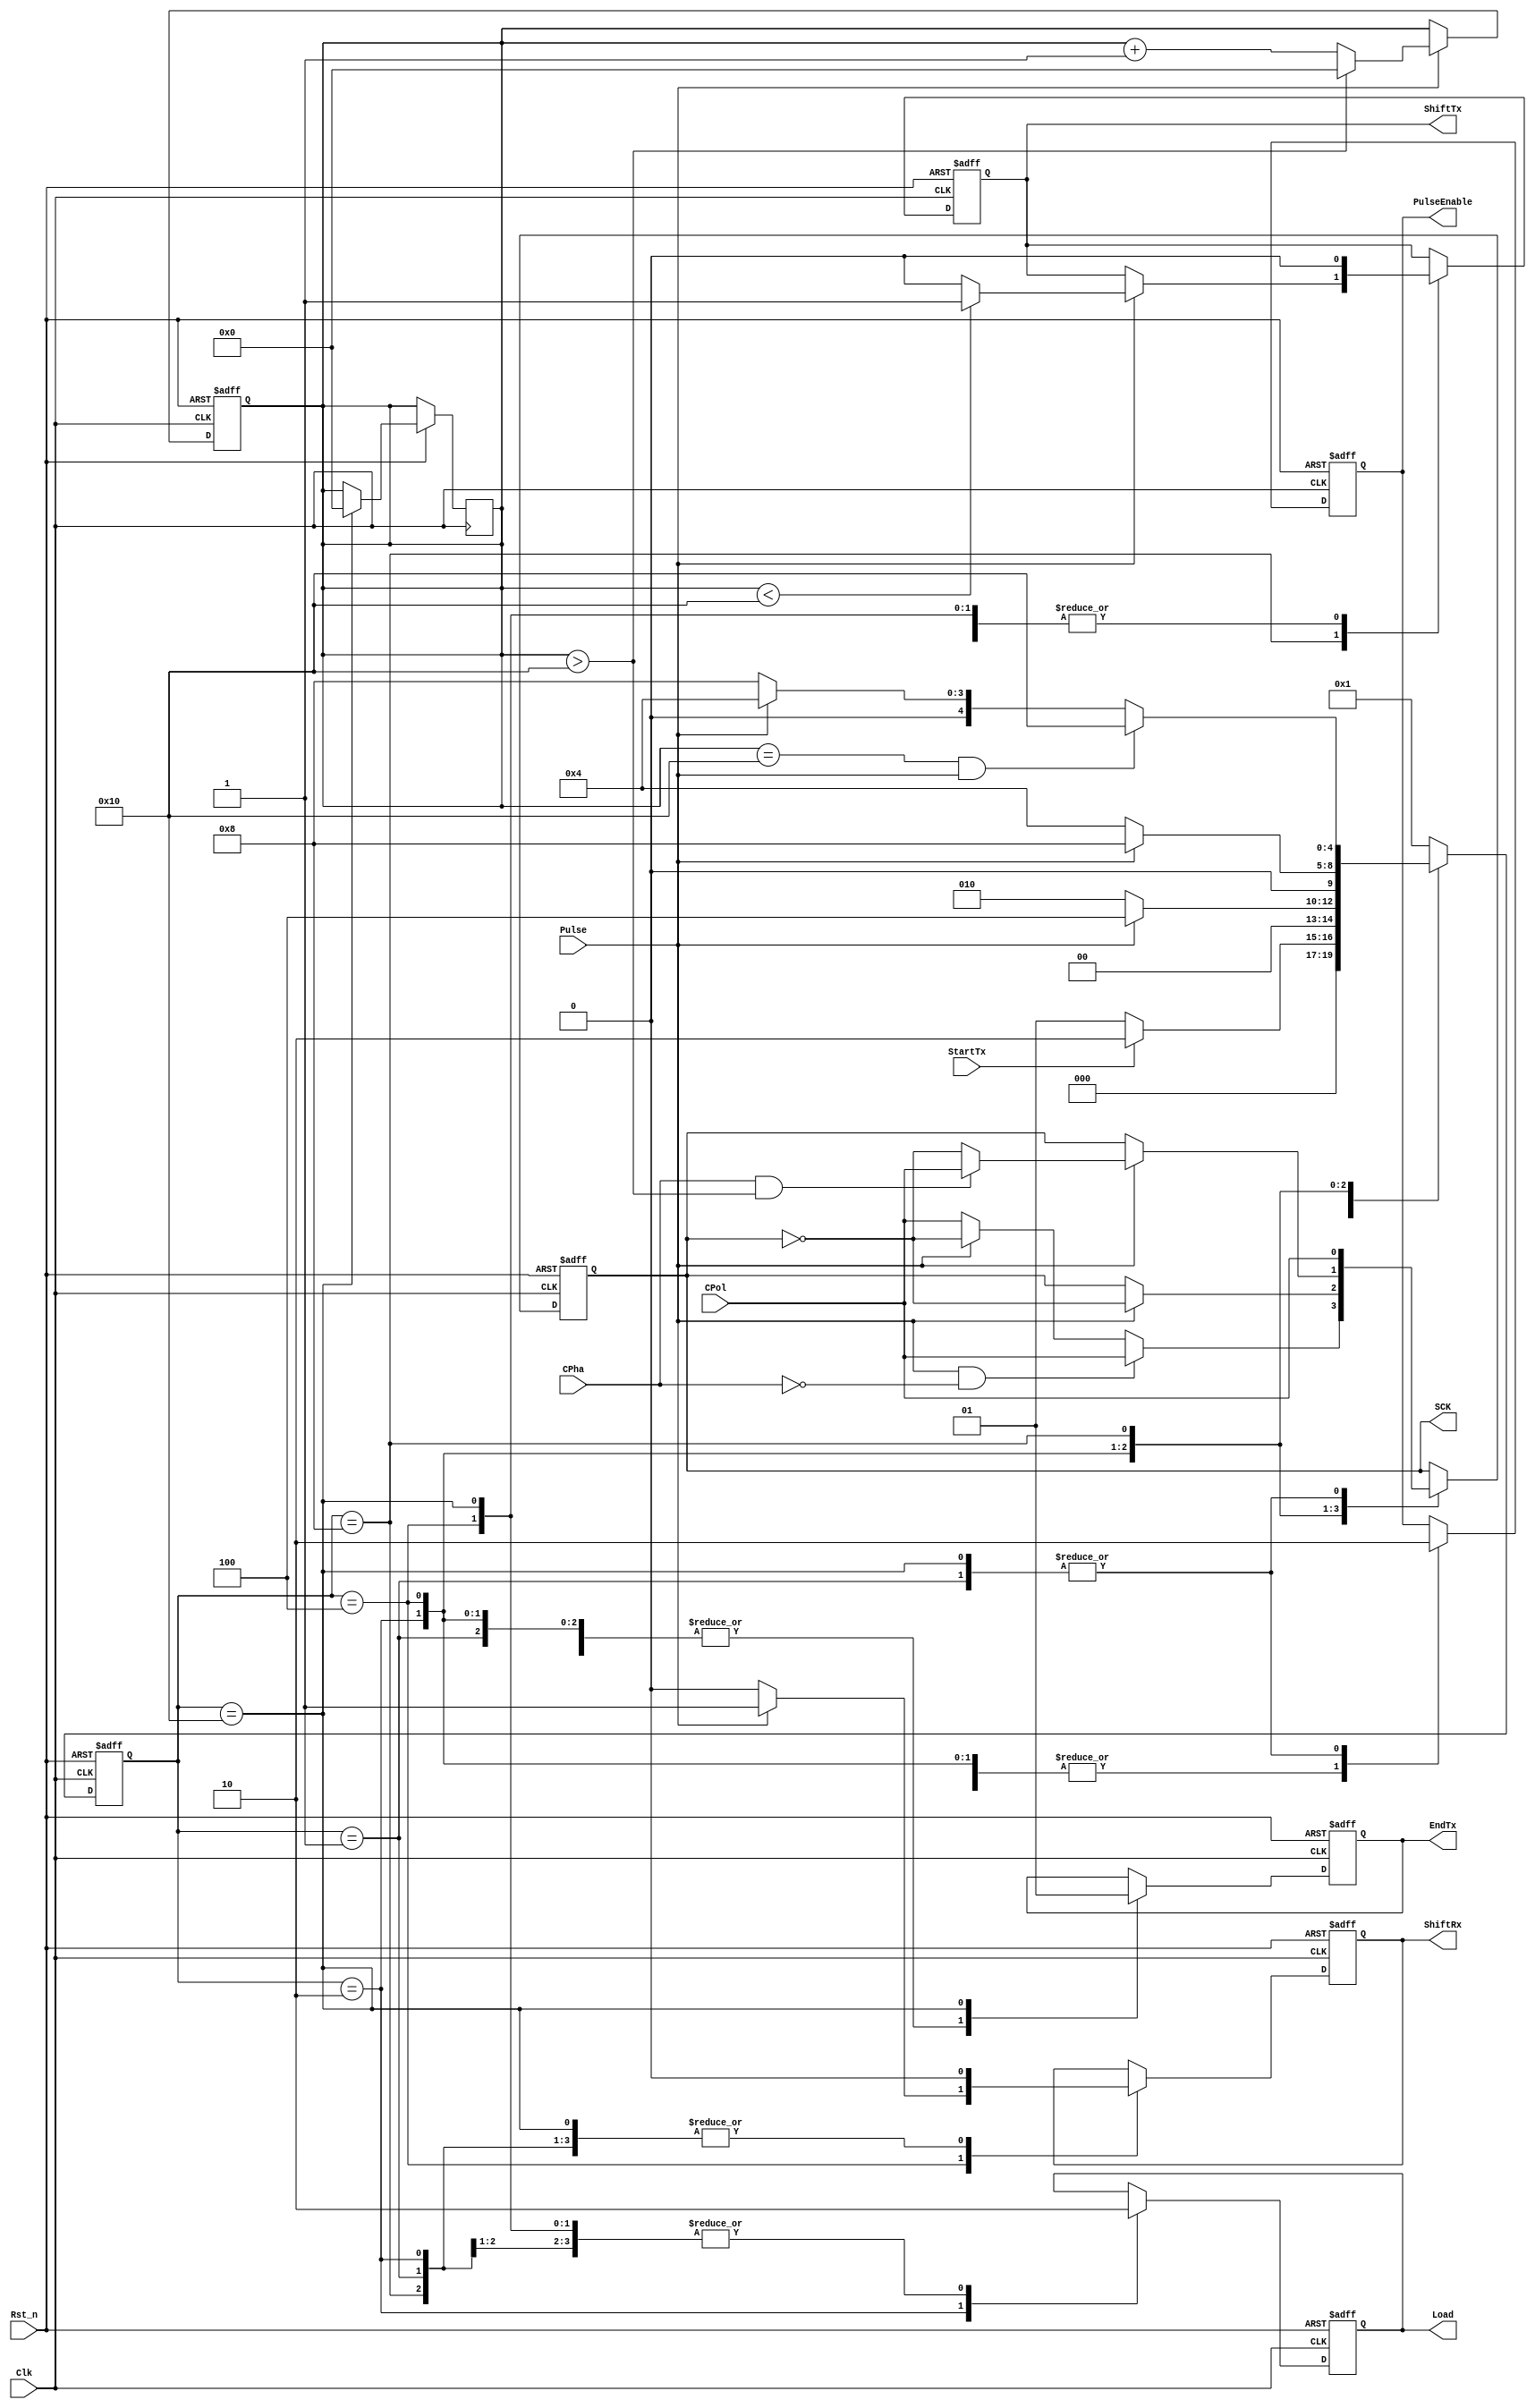
/********1*********2*********3*********4*********5*********6*********7*********8
*_______________________________________________________________________________
*
* Revision history
*
* Name         								 Date        	Observations
* ------------------------------------------------------------------------------
* -Gabriel Diaz & Christian Doblas           05/04/2022   	First version.
* ------------------------------------------------------------------------------
*_______________________________________________________________________________
*
* Description
* FSM maquina de estados de nuestro SPI master
*_______________________________________________________________________________

*********1*********2*********3*********4*********5*********6*********7*********/

module spi_cu
(
input					Clk,			// rellotge del sistema
input					Rst_n,			// reset del sistema asncorn i actiu nivell baix
input					CPol,			// CPol polaridad de nuestro SCK
input					CPha,			// CPha fase de nuestro SCK
input					Pulse,			//Pulse del pulse_generator
input					StartTx,		//indica la transmisi de dades del spi_reg
output					SCK,			//Seal SCK
output					EndTx,			//Transmissio de dades del shiftMISO al buffer
output					Load,			//Carrega de dades al shiftMOSI
output					PulseEnable,	//Habilitem el pulse_generator
output					ShiftRx,		//Desplaament del ShiftMISO
output					ShiftTx			//Desplaament del ShiftMOSI
);

reg[4:0] 	state;
reg[4:0] 	next_state;
parameter	IDLE 		= 5'b00001,
			state_load 	= 5'b00010,
			state_tx 	= 5'b00100,
			state_rx 	= 5'b01000,
			state_EndTx = 5'b10000;
reg[4:0]	contador;
reg 		sck_reg;
reg 		EndTx_reg;
reg 		PulseEnable_reg;
reg 		ShiftRx_reg;
reg 		ShiftTx_reg;
reg 		Load_reg;
assign EndTx = EndTx_reg;
assign PulseEnable = PulseEnable_reg;
assign ShiftRx = ShiftRx_reg;
assign ShiftTx = ShiftTx_reg;
assign Load = Load_reg;
assign SCK = sck_reg;


//Cambio de estados
always @(posedge Clk or negedge Rst_n) begin
	if (!Rst_n) begin
		state <= IDLE;
	end
	else begin
		state <= next_state;
	end
end

always @(posedge Clk or negedge Rst_n) begin //contador de nuestra maquina de estados
	if (!Rst_n) begin
		contador <= 5'b0;
	end
	else if (Pulse) begin
		if (contador > 16) begin
			contador = 0;
		end
		else begin
			contador = contador + 1'b1;
		end
	end
end

//caculo de siguiente estado
always @(state or StartTx or Pulse or contador) begin
	case (state)
		IDLE 		: 	if (StartTx)						next_state = state_load;	//salimos del estado inicial
						else 								next_state = IDLE;			//mantenemos el estado
		state_load 	:	if (Pulse)							next_state = state_tx;		//estado cargar el dato a enviar
						else 								next_state = state_load;	//mantenemos el estado
		state_tx 	:	if (Pulse)							next_state = state_rx;		//estado de envio de datos
						else 								next_state = state_tx;		//mantenemos el estado
		state_rx 	:	if ((contador==16) && (Pulse)) 		next_state = state_EndTx;//hemos terminado de leer y recivir datos
						else if (Pulse)   					next_state = state_tx; 		//estado de lectura de datos
						else 								next_state = state_rx;		//mantenemos el estado
		state_EndTx : 										next_state = IDLE;			//acabamos y volvemos al estado inical
		default		:										next_state = IDLE;
	endcase 
end


//salidas para cada estado menos SCK
always @(posedge Clk or negedge Rst_n) begin
	if (!Rst_n) begin
		EndTx_reg <= 1'b0;
		PulseEnable_reg <= 1'b0;
		ShiftRx_reg <= 1'b0;
		ShiftTx_reg <= 1'b0;
		Load_reg <= 1'b0;
		sck_reg <= 1'b0;
	end
	else begin
		case(state) 
			IDLE 			:	begin 	
								EndTx_reg <= 1'b0;
								PulseEnable_reg <= 1'b0;
								ShiftRx_reg <= 1'b0;
								ShiftTx_reg <= 1'b0;
								Load_reg <= 1'b0;
								sck_reg <= CPol;
								end

			state_load 		:	begin 
								EndTx_reg <= 1'b0;
								PulseEnable_reg <= 1'b1;   //activamos el generador de pulsos
								ShiftRx_reg <= 1'b0;
								ShiftTx_reg <= 1'b0;
								Load_reg <= 1'b1;			//cargamos nuestro dato a enviar
								if (Pulse && !CPha) begin
									sck_reg <= CPol;
								end
								else if (Pulse)	sck_reg <= ~sck_reg;
								else sck_reg <= CPol;
								
								end

			state_tx 		:	begin
								EndTx_reg <= 1'b0;
								PulseEnable_reg <= 1'b1;	//activamos el generador de pulsos
								if (Pulse) 	begin
									ShiftRx_reg <= 1'b1;
									sck_reg <= ~sck_reg;
								end
								else begin
									ShiftRx_reg <= 1'b0;
									sck_reg <= sck_reg;
								end								
								ShiftTx_reg <= 1'b0;
								Load_reg <= 1'b0;										
								end
								

			state_rx 		:	begin
								EndTx_reg <= 1'b0;
								PulseEnable_reg <= 1'b1;	//activamos el generador de pulsos
								ShiftRx_reg <= 1'b0;								
								Load_reg <= 1'b0;
								if (Pulse) begin
									if ((CPha == 1'b1) && (contador > 5'b10000)) 	sck_reg <= CPol;
									else											sck_reg <= ~sck_reg;
									if (contador < 5'b10000)						ShiftTx_reg <= 1'b1;
									else 											ShiftTx_reg <= 1'b0;
								end
								else sck_reg <= sck_reg;
								end
								

			state_EndTx 	:	begin
								PulseEnable_reg <= 1'b0;
								ShiftRx_reg <= 1'b0;
								ShiftTx_reg <= 1'b0;
								Load_reg <= 1'b0;
								sck_reg <= CPol;
								EndTx_reg <= 1'b1;
								contador <=0;
								end
		endcase
	end
end

endmodule